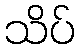
သိပ်